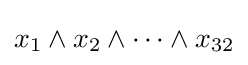
x_{1}\wedge x_{2}\wedge \dots \wedge x_{32}